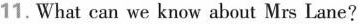
11. What can we know about Mrs Lane?